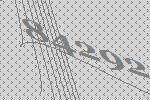
84292